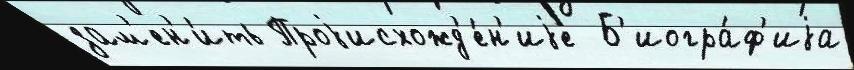
зам'ен'и́ть Проjисхожд'е́н'иjе  Б'иогра́ф'иjа